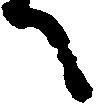
へ